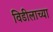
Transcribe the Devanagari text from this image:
विडीलाच्या